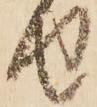
せ